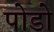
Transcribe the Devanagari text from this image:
पोडो